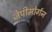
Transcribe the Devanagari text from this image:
जेपीमोर्गन